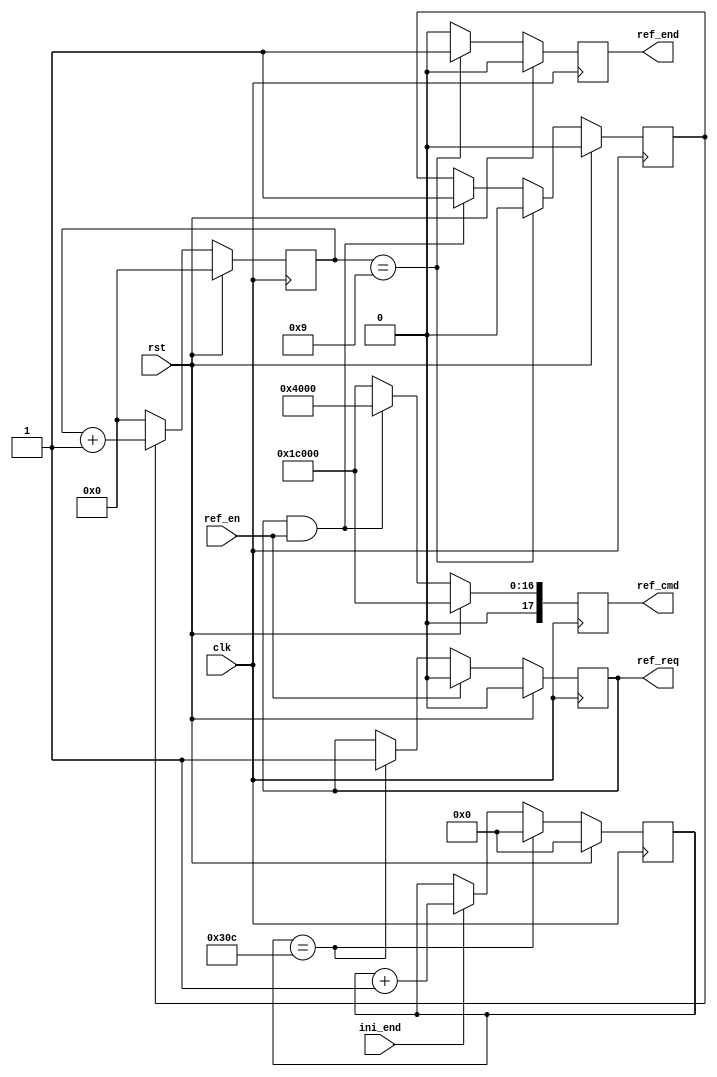

/*----------------------------------------------------------------------------------------------------
sdram 
cmd		cs_n	ras_n	cas_n	we_n	ba[1:0]	addr[11]	addr[10],addr[9:0]
	NOP			0		1		1		1		X		X			X		X
	PRLL		0		0		1		0		X		x			1		X
	REF			0		0		0		1		X		X			X		X

MR		{ba[1:0],addr[11:0]}	=	{00,00,000,011,0,010}
		
-----------------------------------------------------------------------------------------------------*/
module sdram_ref(
	input	wire 		clk,
	input	wire 		rst,
	output	reg	[17:0]	ref_cmd,	
	input	wire 		ini_end,
	output	reg			ref_req,
	input	wire 		ref_en,
	output	reg			ref_end

	);

parameter   REF		=	18'h04000;//18'b00_0100_0000_0000_0000
parameter	NOP		=	18'h1c000;//18'b01_1100_0000_0000_0000
parameter   REF_CNT_END = 780;

reg	[15:0]	ref_cnt;
reg 		ref_dly_flag;
reg [3:0] 	ref_dly_cnt;

always @(posedge clk) begin
	if(rst == 1'b1 ) begin
		ref_cnt <='d0;
	end
	else if (ref_cnt == REF_CNT_END) begin
		ref_cnt <= 'd0;
	end
	else if (ini_end == 1'b1) begin
		ref_cnt <= ref_cnt + 1'b1;
	end
end

always @(posedge clk) begin
	if(rst == 1'b1 ) begin
		ref_req <= 1'b0;
	end
	else if (ref_en == 1'b1 ) begin
		ref_req <= 1'b0;
	end
	else if(ref_cnt == REF_CNT_END) begin
		ref_req <= 1'b1;
	end
end

always @(posedge clk) begin
	if(rst == 1'b1) begin
		ref_cmd <= NOP;
	end
	else if (ref_req == 1'b1 && ref_en == 1'b1 ) begin
		ref_cmd <= REF;
	end
	else begin
		ref_cmd <= NOP;
	end
end

always @(posedge clk ) begin
	if (rst == 1'b1) begin
		ref_dly_flag <= 1'b0;
	end
	else if (ref_dly_cnt == 'd9) begin
		ref_dly_flag <= 1'b0;
	end
	else if (ref_req == 1'b1 && ref_en == 1'b1) begin
		ref_dly_flag <= 1'b1;
	end
end

always @(posedge clk ) begin
	if (rst == 1'b1) begin
		ref_dly_cnt <='d0;
	end
	else if (ref_dly_flag == 1'b1) begin
		ref_dly_cnt <= ref_dly_cnt + 1'b1;
	end
	else begin
		ref_dly_cnt <= 'd0;
	end
end

always @(posedge clk ) begin
	if (rst == 1'b1) begin
		ref_end <= 1'b0;
	end
	else if (ref_dly_cnt == 'd9) begin
		ref_end <= 1'b1;
	end
	else begin
		ref_end <= 1'b0;
	end
end

endmodule